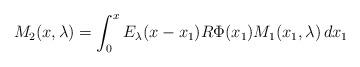
LaTeX: \begin{align*}M_{2}(x,\lambda) = \int_0^xE_{\lambda}(x-x_1) R \Phi(x_1) M_1(x_1,\lambda)\,dx_1\end{align*}